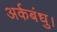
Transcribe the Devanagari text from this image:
अर्कबंधु।